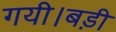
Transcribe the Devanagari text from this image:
गयी।बड़ी